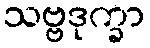
သဗ္ဗဒုက္ခာ